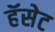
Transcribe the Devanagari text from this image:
हॅसेट